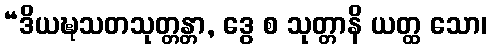
“ဒိယဍ္ဎသတသုတ္တန္တာ, ဒွေ စ သုတ္တာနိ ယတ္ထ သော၊